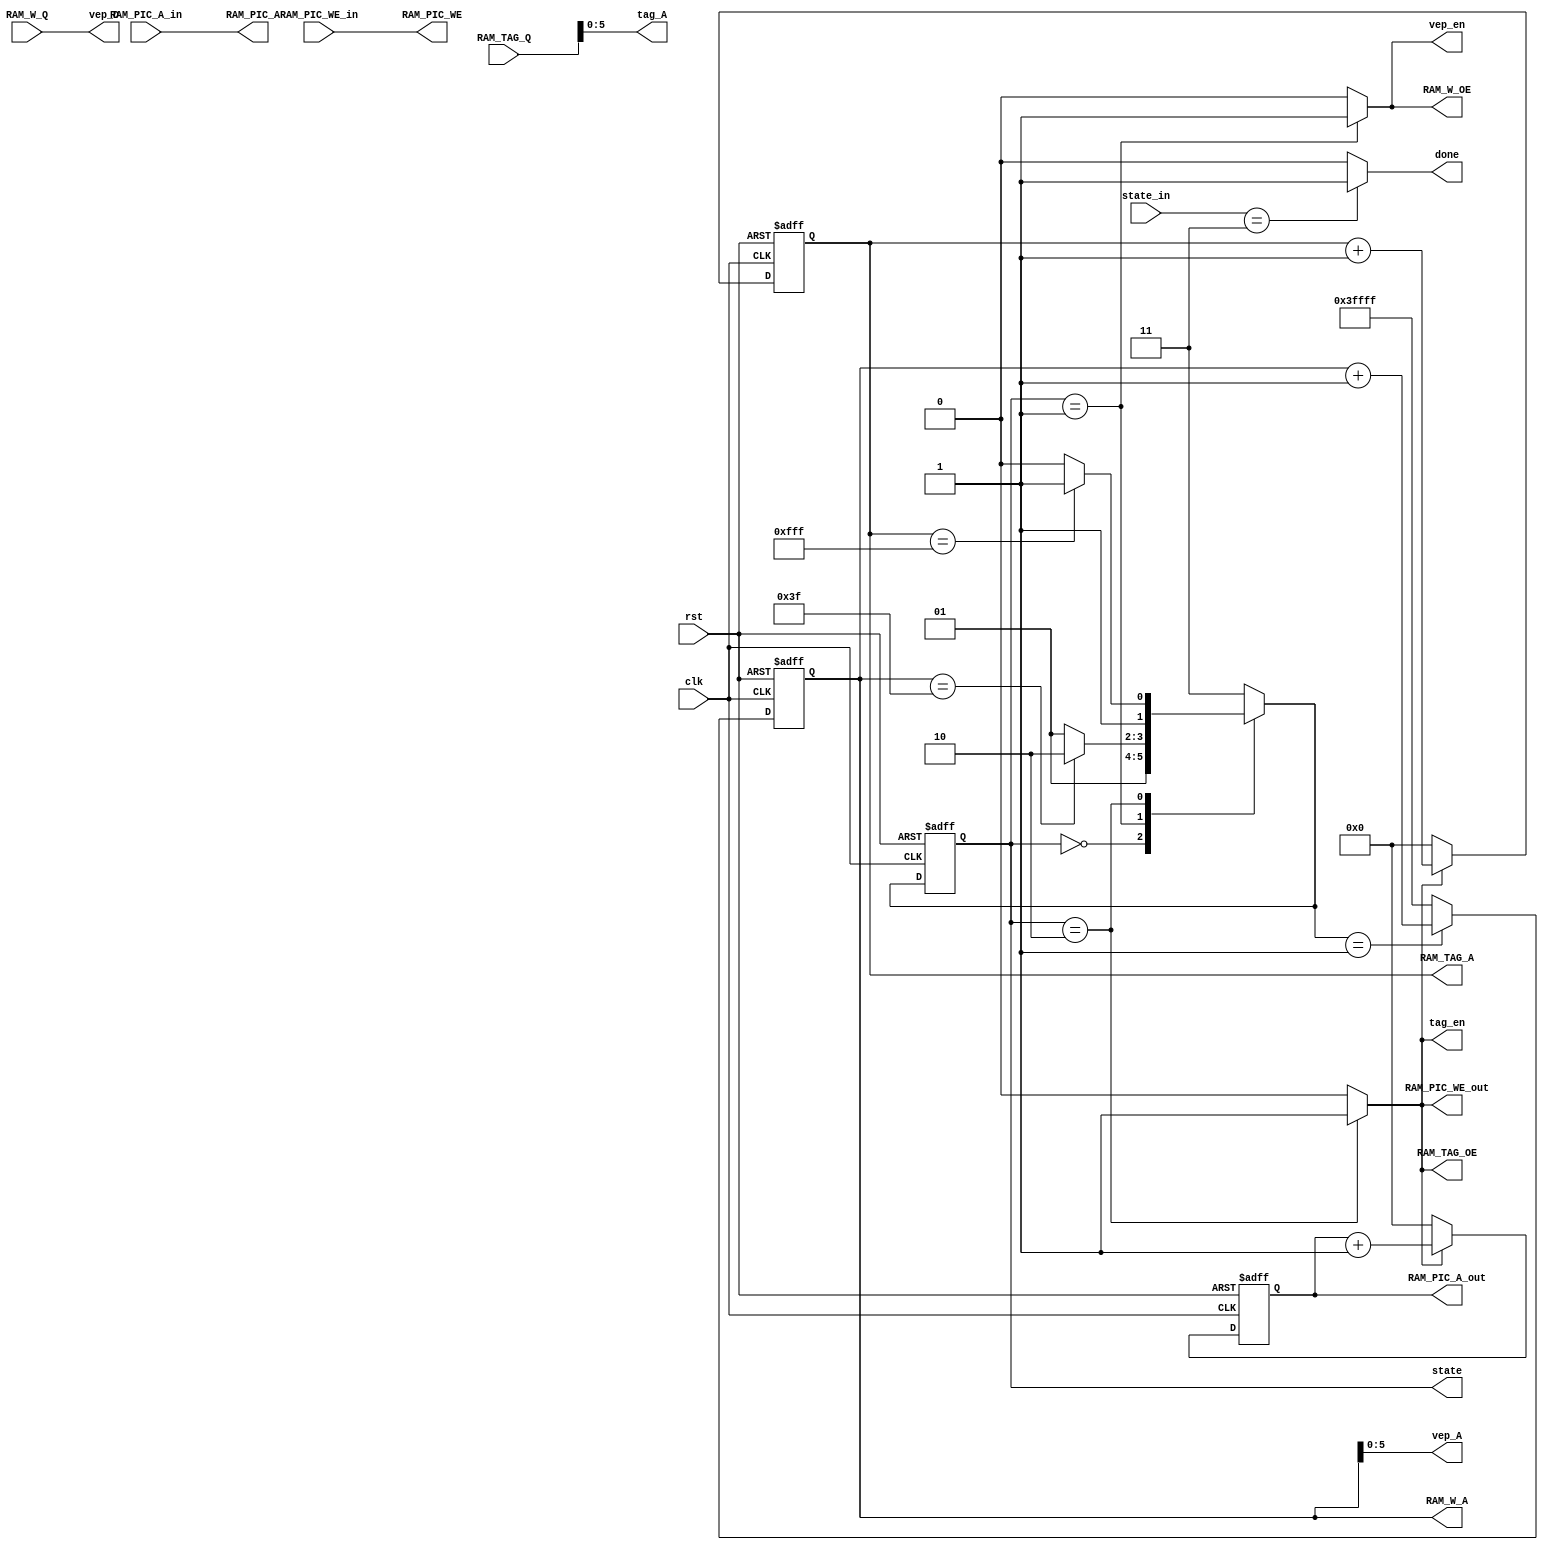
module controller(
	input clk,
	input rst,
	output reg done,
	//RAM_W
	input  [23:0]RAM_W_Q,
	output reg [17:0]RAM_W_A,	
	output reg RAM_W_OE,
	//RAM_TAG
	input [23:0] RAM_TAG_Q,	
	output reg [17:0] RAM_TAG_A,
	output reg RAM_TAG_OE,
	//RAM_PIC
    //output[23:0] RAM_PIC_D,
	output [17:0] RAM_PIC_A,
	output RAM_PIC_WE,	
	
	input RAM_PIC_WE_in,
	input [17:0] RAM_PIC_A_in,

	output reg RAM_PIC_WE_out,
	output reg [17:0] RAM_PIC_A_out,
	
	output reg vep_en,
    output reg tag_en,
	output [5:0]vep_A,
	output [5:0]tag_A,
	output [23:0]vep_D,
	input [1:0] state_in,
    output reg [1:0] state
);
	parameter  INIT = 2'b00;
	parameter LOAD_WEIGHT = 2'b01;
	parameter WRITE_PIC = 2'b10;
	parameter FINISH = 2'b11 ;

	reg [1:0] ns;
	
	wire con1;

	assign con1 = (state == WRITE_PIC) ? 1'b1 : 1'b0;
	
	assign RAM_PIC_A=RAM_PIC_A_in;
	assign RAM_PIC_WE=RAM_PIC_WE_in;
	
	assign vep_A = RAM_W_A[5:0];
	assign tag_A = RAM_TAG_Q[5:0];
    assign vep_D = RAM_W_Q;				
	
	//state
	always @(posedge clk or posedge rst) 
	begin
		if (rst)begin
			state <= INIT;	
		end	
		else begin			
			state <= ns;			
		end
	end
	//ns
	//finite state machine
	always @(*)begin
		case (state)
			INIT: begin				
				ns=LOAD_WEIGHT;			
			end
			LOAD_WEIGHT:begin
				if (RAM_W_A == 18'd63)
					ns = WRITE_PIC;
				else
					ns = LOAD_WEIGHT;				
			end
			WRITE_PIC:begin
				if (RAM_TAG_A == 18'd4095)
				    ns = FINISH;
				else
					ns = WRITE_PIC;			
			end
			default:begin
				ns = FINISH;				
			end			 
		endcase	
	end

	//RAM_TAG address
	always @(posedge clk or posedge rst) begin
		if (rst)
			RAM_TAG_A <= 18'b0;
		else if (con1)
			RAM_TAG_A <= RAM_TAG_A + 18'b1;
		else
			RAM_TAG_A <=18'b0;
	end

	//RAM_W address
	always @(posedge clk or posedge rst) begin
		if (rst)begin
			RAM_W_A <= 18'b111111111111111111;//owing to adding 1 initially at LOAD_WEIGHT state ,so minus before
		end
		else begin
			if (ns==LOAD_WEIGHT)begin
				RAM_W_A <= RAM_W_A + 18'd1;
			end
			else begin
				RAM_W_A <= (18'b111111111111111111);
			end			
		end
	end

	//RAM_PIC address
	always @(posedge clk or posedge rst) begin
		if (rst)
			RAM_PIC_A_out <= 18'b0;
		else if (con1)
				RAM_PIC_A_out <= RAM_PIC_A_out + 18'b1;
		else
			RAM_PIC_A_out <= 18'b0;
	end

	// every state
	always @(*) begin//RAM_W_OE
		case (state)
			INIT: begin			
				RAM_W_OE = 1'b0;
			end
			LOAD_WEIGHT:begin
				RAM_W_OE = 1'b1;
			end
			WRITE_PIC:begin
				RAM_W_OE = 1'b0;
			end
			default:begin
				RAM_W_OE = 1'b0;
			end			 
		endcase	
	end
	
	always @(*) begin//RAM_TAG_OE
		case (state)
			INIT: begin			
				RAM_TAG_OE = 1'b0;
			end
			LOAD_WEIGHT:begin
				RAM_TAG_OE = 1'b0;
			end
			WRITE_PIC:begin
				RAM_TAG_OE = 1'b1;
			end
			default:begin
				RAM_TAG_OE = 1'b0;
			end			 
		endcase	
	end
	
	always @(*) begin//vep_en
		case (state)
			INIT: begin			
				vep_en = 1'b0;
			end
			LOAD_WEIGHT:begin
				vep_en = 1'b1;
			end
			WRITE_PIC:begin
				vep_en = 1'b0;
			end
			default:begin
				vep_en = 1'b0;
			end			 
		endcase	
	end
	
	always @(*) begin//RAM_PIC_WE_out
		case (state)
			INIT: begin			
				RAM_PIC_WE_out = 1'b0;
			end
			LOAD_WEIGHT:begin
				RAM_PIC_WE_out = 1'b0;
			end
			WRITE_PIC:begin
				RAM_PIC_WE_out = 1'b1;
			end
			default:begin
				RAM_PIC_WE_out = 1'b0;
			end			 
		endcase	
	end
	
	always @(*) begin//tag_en
		case (state)
			INIT: begin			
				tag_en = 1'b0;
			end
			LOAD_WEIGHT:begin
				tag_en = 1'b0;
			end
			WRITE_PIC:begin
				tag_en = 1'b1;
			end
			default:begin
				tag_en = 1'b0;
			end			 
		endcase	
	end
	
	always @(*) begin
		done = (state_in==FINISH) ? 1'b1 :1'b0;
	end
	
endmodule